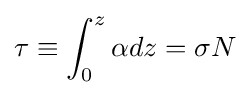
\tau \equiv \int _{0}^{z}\alpha dz=\sigma N